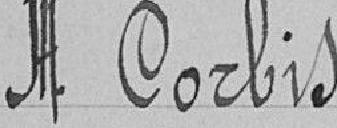
JO. Corbis